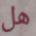
هل